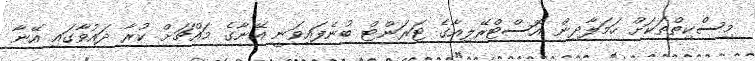
މިސްކިތްތަކަށް ހަމަލާދިން އޮސްޓްރޭލިއާގެ ޓަރަންޓް ބުނެފައިވަނީ އޭނާގެ މައްޗަށް ކުރާ ދައުވާގައި އޭނާ